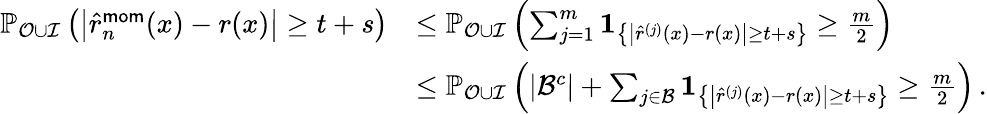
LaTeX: \begin{array}{rl}{\mathbb P_{{\mathcal O}\cup{\mathcal I}}\left(\left|\widehat{r}_{n}^{\mathsf{mom}}(x)-r(x)\right|\geq t+s\right)}&{\leq\mathbb P_{{\mathcal O}\cup{\mathcal I}}\left(\sum_{j=1}^{m}{\mathbf{1}}_{\left\{ \left|\hat{r}^{(j)}(x)-r(x)\right|\geq t+s\right\} }\geq\frac{m}{2}\right)}\\ &{\leq\mathbb P_{{\mathcal O}\cup{\mathcal I}}\left(|{\mathcal B}^{c}|+\sum_{j\in{\mathcal B}}{\mathbf{1}}_{\left\{ \left|\hat{r}^{(j)}(x)-r(x)\right|\geq t+s\right\} }\geq\frac{m}{2}\right)\, .}\end{array}